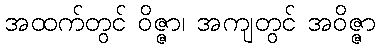
အထက်တွင် ဝိဇ္ဇာ၊ အကျတွင် အဝိဇ္ဇာ